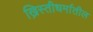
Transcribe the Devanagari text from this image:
ख्रिस्तीधर्मातील